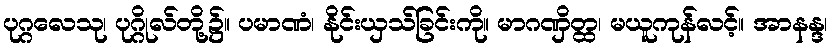
ပုဂ္ဂလေသု၊ ပုဂ္ဂိုလ်တို့၌။ ပမာဏံ၊ နိုင်းယှသ်ခြင်းကို။ မာဂဏှိတ္ထ၊ မယူကုန်လင့်။ အာနန္ဒ၊